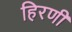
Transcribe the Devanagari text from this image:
हिरणी